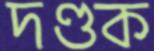
দণ্ডক